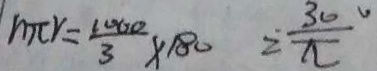
m c r = \frac { 2 0 0 0 } { 3 } \times 1 8 0 = \frac { 3 0 0 } { \pi }